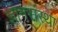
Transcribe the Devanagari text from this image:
ज्ञानसंस्था